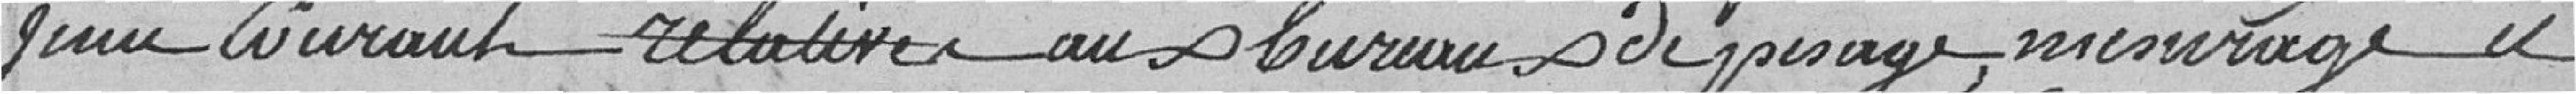
Juin Courant relative au bureau de pesage, mesurage et